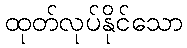
ထုတ်လုပ်နိုင်သော